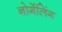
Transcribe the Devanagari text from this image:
नोर्गेलिंग